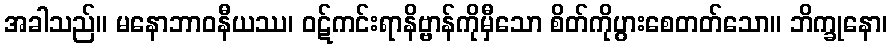
အခါသည်။ မနောဘာဝနီယဿ၊ ဝဋ်ကင်းရာနိဗ္ဗာန်ကိုမှီသော စိတ်ကိုပွားစေတတ်သော။ ဘိက္ခုနော၊